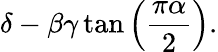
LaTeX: \delta-\beta\gamma\tan\left({\frac{\pi\alpha}{2}}\right).